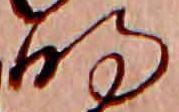
明